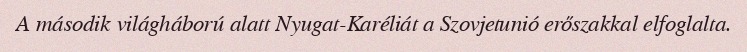
A második világháború alatt Nyugat-Karéliát a Szovjetunió erőszakkal elfoglalta.